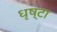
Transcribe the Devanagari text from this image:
धृष्टा